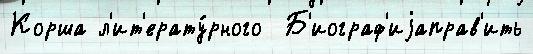
Корша л'ит'ерату́рного  Б'иограф'иjаправ'ить